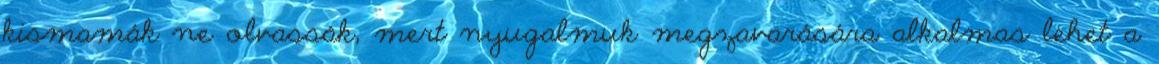
kismamák ne olvassák, mert nyugalmuk megzavarására alkalmas lehet a